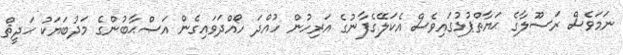
ނަމަވެސް ރަސޫލާގެ ޙަޔާތްޕުޅުގައިވެސް އެކަލޭގެފާނުގެ އަރިހުން ހުއްދަ ހޯއްދަވައިގެން އަޞްޙާބުންގެ މަދުބަޔަކު ޙަދީޘް